Civil Veterinary Department ledger series I-VI
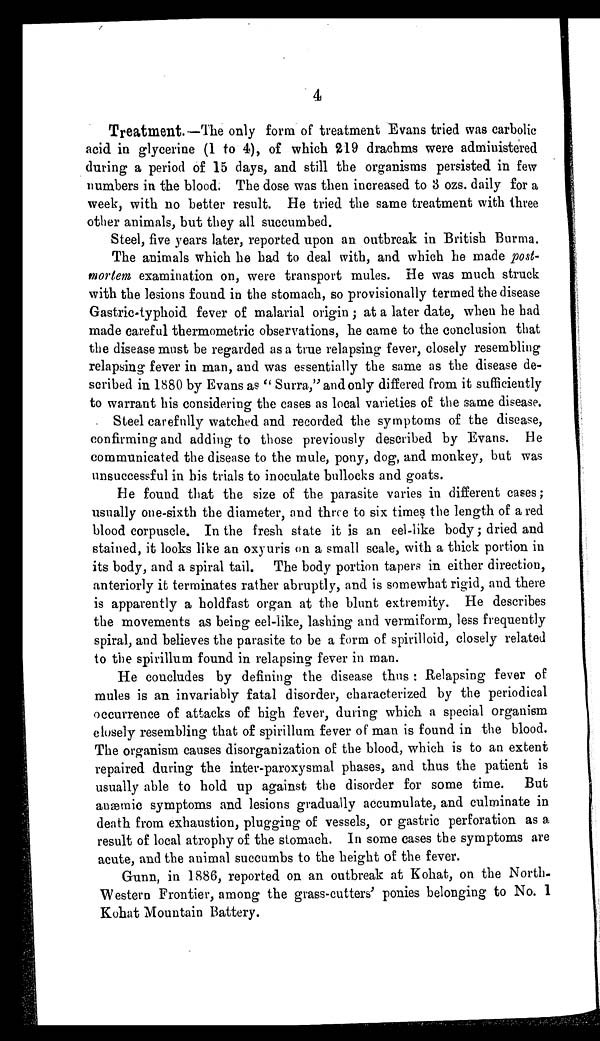
4
Treatment.—The only form of treatment Evans tried was carbolic
acid in glycerine (1 to 4), of which 219 drachms were administered
during a period of 15 days, and still the organisms persisted in few
numbers in the blood. The dose was then increased to 3 ozs. daily for a
week, with no better result. He tried the same treatment with three
other animals, but they all succumbed.
Steel, five years later, reported upon an outbreak in British Burma.
The animals which he had to deal with, and which he made post-
mortem examination on, were transport mules. He was much struck
with the lesions found in the stomach, so provisionally termed the disease
Gastric-typhoid fever of malarial origin; at a later date, when he had
made careful thermometric observations, he came to the conclusion that
the disease must be regarded as a true relapsing fever, closely resembling
relapsing fever in man, and was essentially the same as the disease de-
scribed in 1880 by Evans as "Surra," and only differed from it sufficiently
to warrant his considering the cases as local varieties of the same disease.
Steel carefully watched and recorded the symptoms of the disease,
confirming and adding to those previously described by Evans. He
communicated the disease to the mule, pony, dog, and monkey, but was
unsuccessful in his trials to inoculate bullocks and goats.
He found that the size of the parasite varies in different cases;
usually one-sixth the diameter, and three to six times the length of a red
blood corpuscle. In the fresh state it is an eel-like body; dried and
stained, it looks like an oxyuris on a small scale, with a thick portion in
its body, and a spiral tail. The body portion tapers in either direction,
anteriorly it terminates rather abruptly, and is somewhat rigid, and there
is apparently a holdfast organ at the blunt extremity. He describes
the movements as being eel-like, lashing and vermiform, less frequently
spiral, and believes the parasite to be a form of spirilloid, closely related
to the spirillum found in relapsing fever in man.
He concludes by defining the disease thus: Relapsing fever of
mules is an invariably fatal disorder, characterized by the periodical
occurrence of attacks of high fever, during which a special organism
closely resembling that of spirillum fever of man is found in the blood.
The organism causes disorganization of the blood, which is to an extent
repaired during the inter-paroxysmal phases, and thus the patient is
usually able to hold up against the disorder for some time. But
anæmic symptoms and lesions gradually accumulate, and culminate in
death from exhaustion, plugging of vessels, or gastric perforation as a
result of local atrophy of the stomach. In some cases the symptoms are
acute, and the animal succumbs to the height of the fever.
Gunn, in 1886, reported on an outbreak at Kohat, on the North-
Western Frontier, among the grass-cutters' ponies belonging to No. 1
Kohat Mountain Battery.